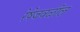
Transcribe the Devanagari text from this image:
रेषेजवळील